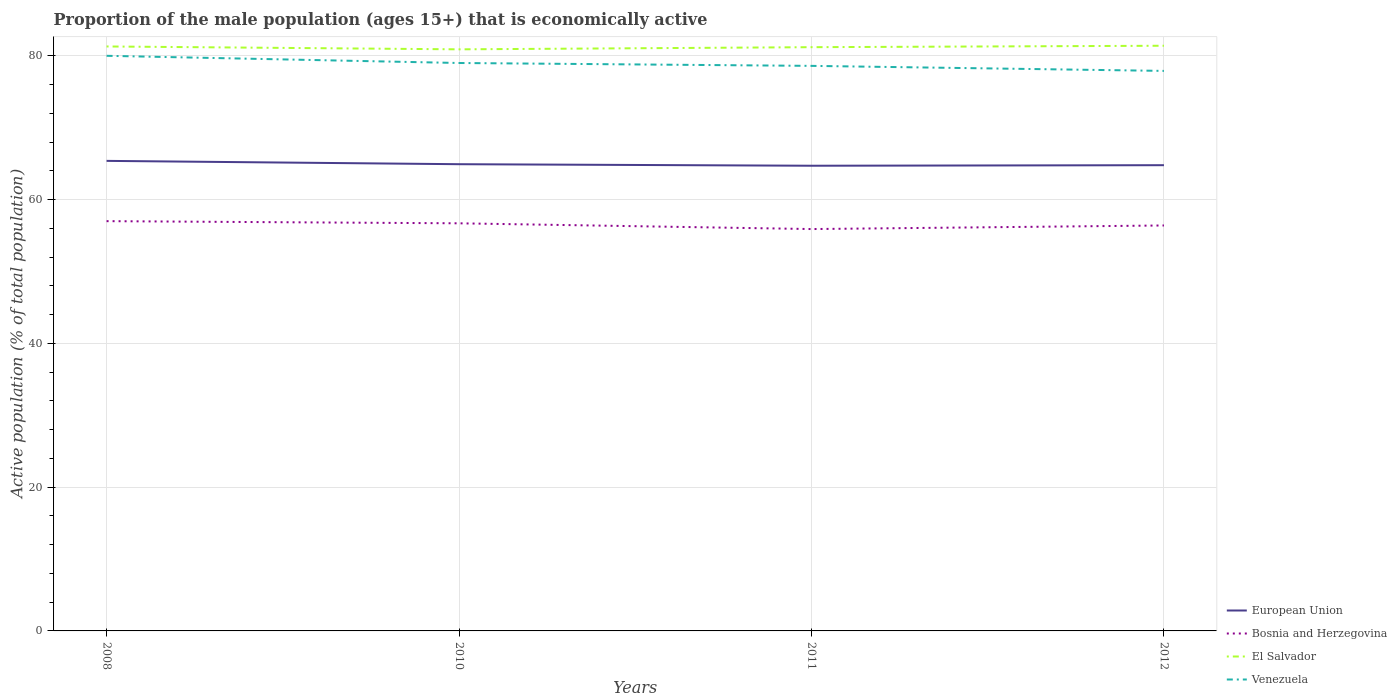
| Years | European Union | Bosnia and Herzegovina | El Salvador | Venezuela |
 | --- | --- | --- | --- | --- |
 | 2008 | 65.4 | 57 | 81.3 | 80 |
 | 2010 | 64.9 | 56.7 | 80.9 | 79 |
 | 2011 | 64.7 | 55.9 | 81.2 | 78.6 |
 | 2012 | 64.8 | 56.4 | 81.4 | 77.9 |